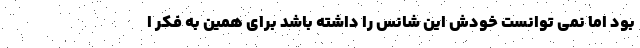
بود اما نمی توانست خودش این شانس را داشته باشد برای همین به فکر ا